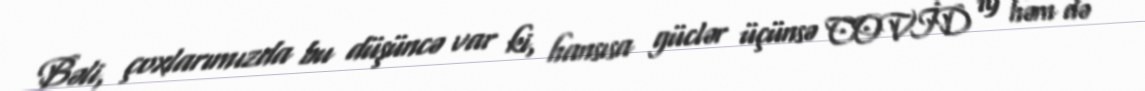
Bəli, çoxlarımızda bu düşüncə var ki, hansısa güclər üçünsə COVİD 19 həm də